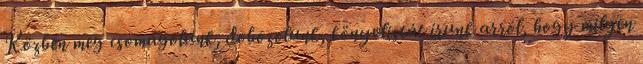
Közben meg csomagolunk, dobozolunk, könyvlistát írunk arról, hogy milyen